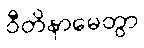
ဝီတိနာမေတွာ